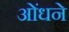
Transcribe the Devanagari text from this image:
ओंधने